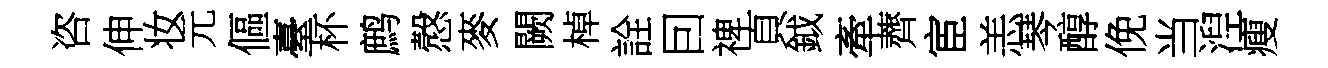
咨伸妆元傴臺杯鹧慤麥闕棹詮囙禆頁鉞牽薺宦恙琴醇俛当湼瘦